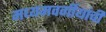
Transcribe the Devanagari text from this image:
मध्यमवर्गीयांची